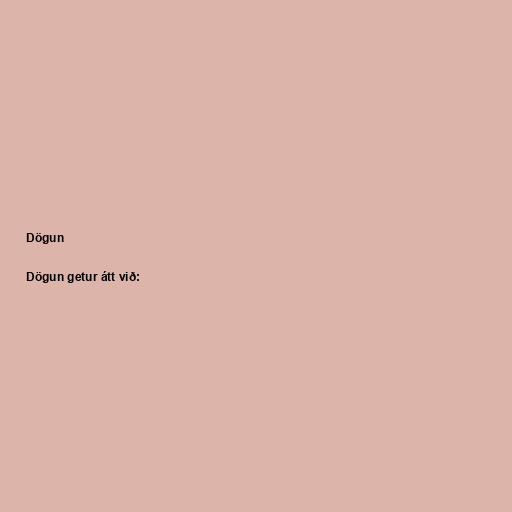
Dögun

Dögun getur átt við: